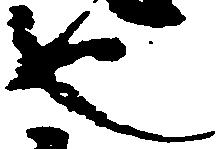
也